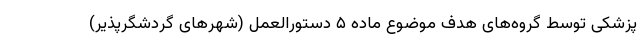
پزشکی توسط گروه‌های هدف موضوع ماده ۵ دستورالعمل (شهرهای گردشگرپذیر)